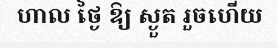
ហាល ថ្ងៃ ឱ្យ ស្ងួត រួចហើយ